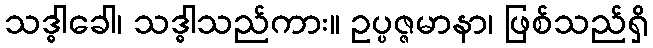
သဒ္ဓါခေါ၊ သဒ္ဓါသည်ကား။ ဥပ္ပဇ္ဇမာနာ၊ ဖြစ်သည်ရှိ